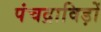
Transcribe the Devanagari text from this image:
पंचद्राविड़ों